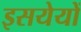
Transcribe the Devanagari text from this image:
इसयेयों